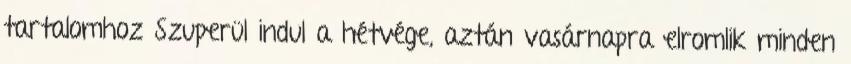
tartalomhoz Szuperül indul a hétvége, aztán vasárnapra elromlik minden